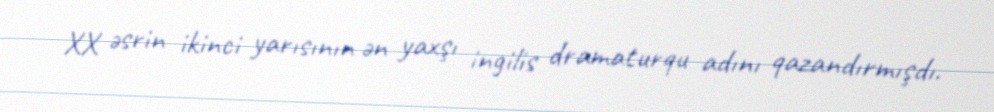
XX əsrin ikinci yarısının ən yaxşı ingilis dramaturqu adını qazandırmışdı.